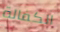
الكفالة